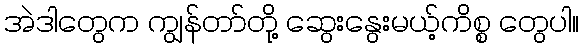
အဲဒါတွေက ကျွန်တာ်တို့ ဆွေးနွေးမယ့်ကိစ္စ တွေပါ။